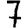
Digit: 7